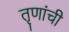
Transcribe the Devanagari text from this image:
तृणांची